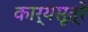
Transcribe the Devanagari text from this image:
कार्यसूत्रे